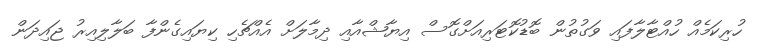
ހުރިކަމެއް ހުއްޓާލާފައި ވަގުތުން ބޮޑުކޮޓަރިއަށްގޮސް އިޔާޝްއާއި ދިމާލަށް އެއްޗެހި ކިޔައިގެންފާ ބަލާލިއިރު ޖައިދަން